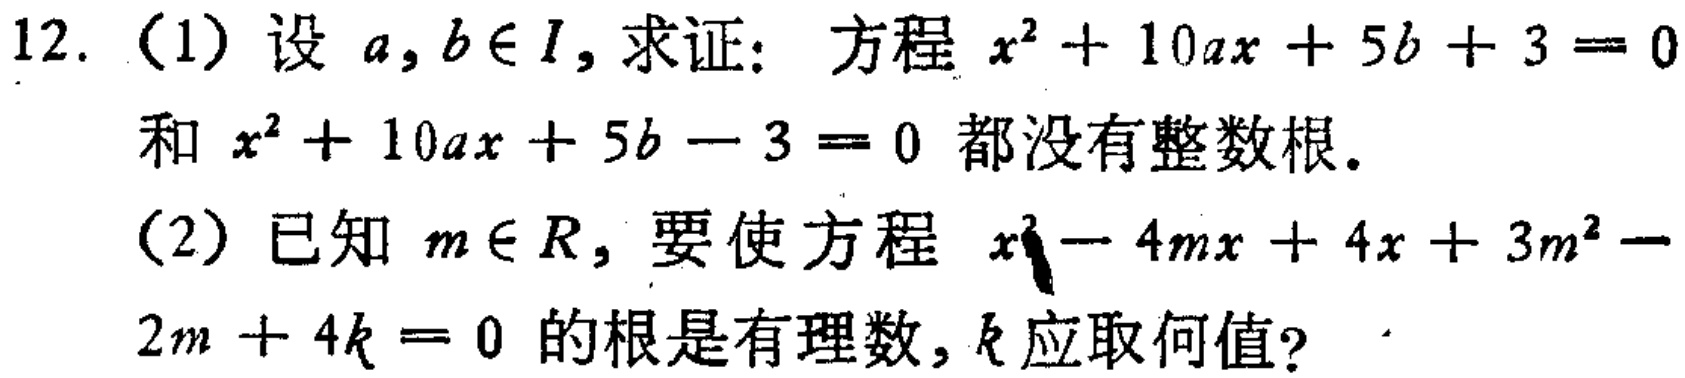
12. (1) 设 \(a,b\in I\)，求证：方程 \(x^{2}+10ax + 5b + 3 = 0\) 和 \(x^{2}+10ax + 5b - 3 = 0\) 都没有整数根。
(2) 已知 \(m\in R\)，要使方程 \(x^{2}-4mx + 4x + 3m^{2}-2m + 4k = 0\) 的根是有理数，\(k\) 应取何值？